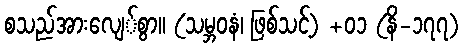
စသည်အားလျေ်စွာ။ (သမ္ဘဝနံ၊ ဖြစ်သင့်) +၀၁ (နိ-၁၇၇)